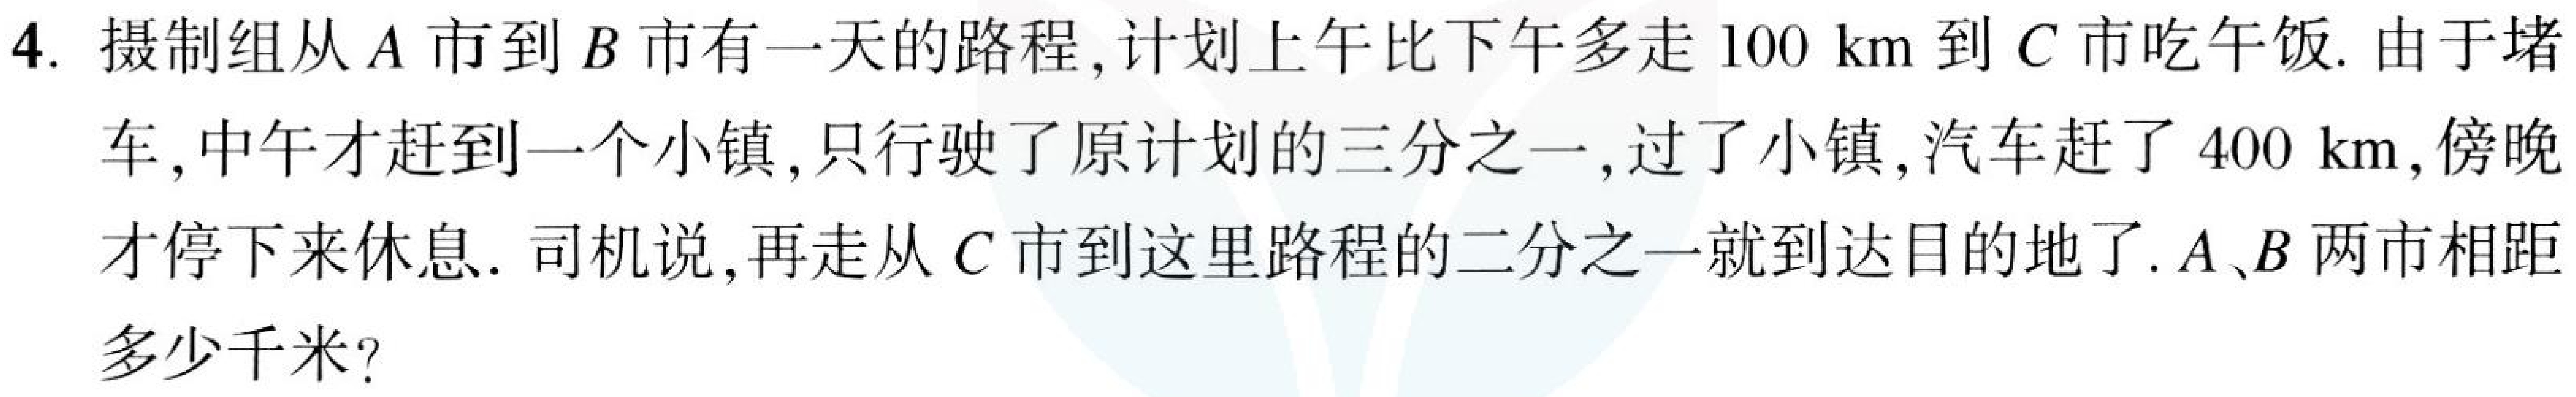
4. 摄制组从\(A\)市到\(B\)市有一天的路程,计划上午比下午多走 \(100\ \text{km}\)到 \(C\)市吃午饭.由于堵车,中午才赶到一个小镇,只行驶了原计划的三分之一,过了小镇,汽车赶了 \(400\ \text{km}\),傍晚才停下来休息. 司机说,再走从 \(C\)市到这里路程的二分之一就到达目的地了..\(A\)、\(B\)两市相距多少千米?